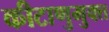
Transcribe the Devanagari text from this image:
कीटाणुमुक्त